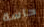
حاسة